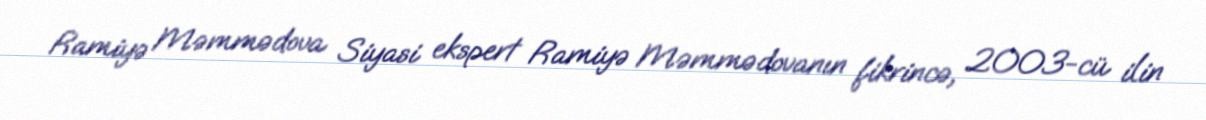
Ramiyə Məmmədova Siyasi ekspert Ramiyə Məmmədovanın fikrincə, 2003-cü ilin